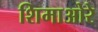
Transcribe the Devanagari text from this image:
शिमाओरे